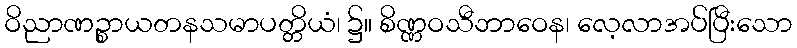
ဝိညာဏဉ္စာယတနသမာပတ္တိယံ၊ ၌။ စိဏ္ဏဝသီဘာဝေန၊ လေ့လာအပ်ပြီးသော